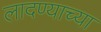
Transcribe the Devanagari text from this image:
लादण्याच्या